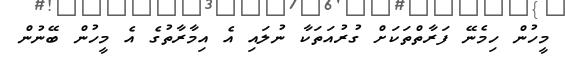
މީހުން ހިމެނޭ ފަރާތްތަކަށް ގުރުއަތަކާ ނުލައި އެ އިމާރާތުގެ އެ މީހުން ބޭނުން